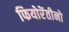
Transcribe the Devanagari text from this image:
फियोरेंतीनो